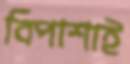
বিপাশাই